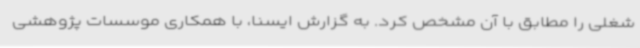
شغلی را مطابق با آن مشخص کرد. به گزارش ایسنا، با همکاری موسسات پژوهشی